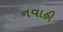
નવાહી